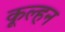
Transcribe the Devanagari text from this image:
कूल्हन